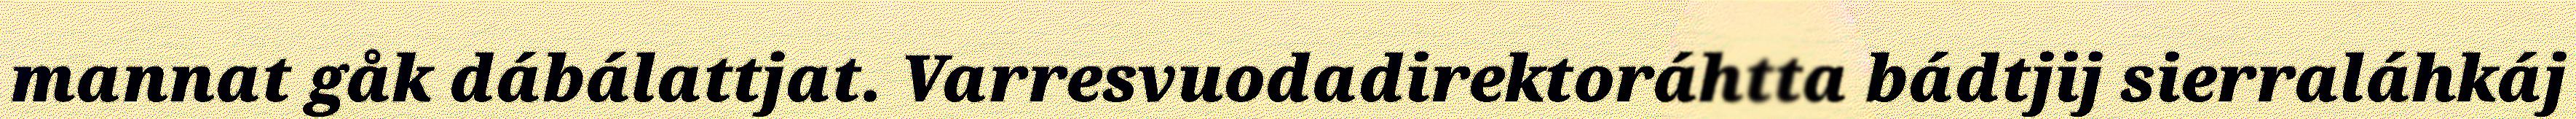
mannat gåk dábálattjat. Varresvuodadirektoráhtta bádtjij sierraláhkáj